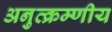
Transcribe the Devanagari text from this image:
अनुत्क्रम्णीय